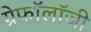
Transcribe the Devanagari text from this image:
ग्रेफॉलॉजी